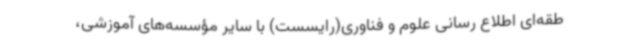
طقه‌ای اطلاع رسانی علوم و فناوری(رایسست) با سایر مؤسسه‌های آموزشی،